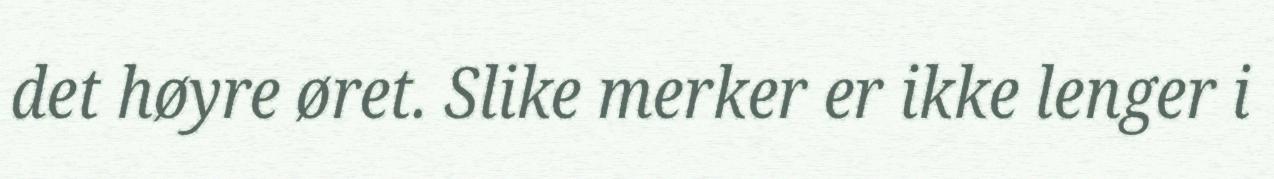
det høyre øret. Slike merker er ikke lenger i